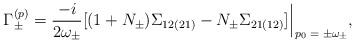
\begin{align*}\Gamma^{(p)}_\pm = \frac{- i}{2 \omega_\pm} [(1 + N_\pm) \Sigma_{1 2 (2 1)} - N_\pm \Sigma_{2 1 (1 2)}] \, \rule[-3mm]{.14mm}{8.5mm} \raisebox{-2.85mm}{\scriptsize{$\; p_0 = \pm \omega_\pm$}} , \end{align*}